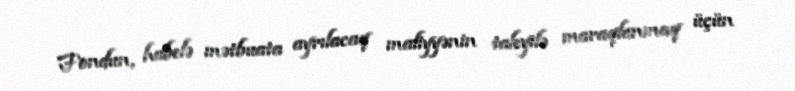
Fondun, habelə mətbuata ayrılacaq maliyyənin taleyilə maraqlanmaq üçün